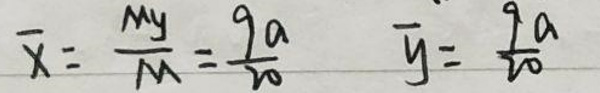
\overline{x} = \frac{my}{M} = \frac{9a}{20} \quad \overline{y} = \frac{9a}{20}